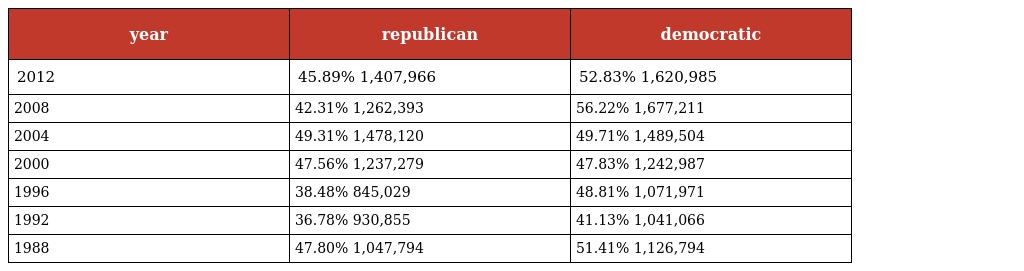
| year | republican | democratic |
 | --- | --- | --- |
 | 2012 | 45.89% 1,407,966 | 52.83% 1,620,985 |
 | 2008 | 42.31% 1,262,393 | 56.22% 1,677,211 |
 | 2004 | 49.31% 1,478,120 | 49.71% 1,489,504 |
 | 2000 | 47.56% 1,237,279 | 47.83% 1,242,987 |
 | 1996 | 38.48% 845,029 | 48.81% 1,071,971 |
 | 1992 | 36.78% 930,855 | 41.13% 1,041,066 |
 | 1988 | 47.80% 1,047,794 | 51.41% 1,126,794 |